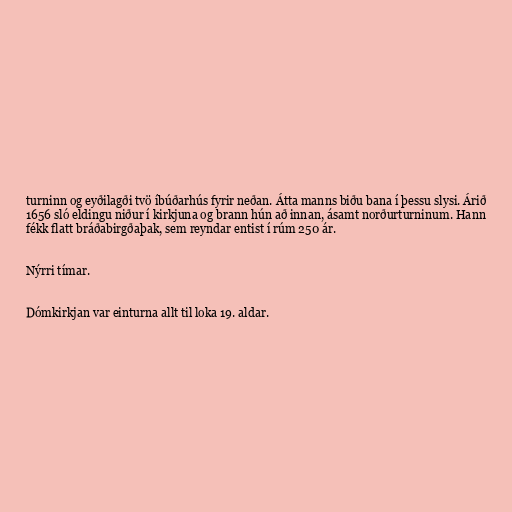
turninn og eyðilagði tvö íbúðarhús fyrir neðan. Átta manns biðu bana í þessu slysi. Árið
1656 sló eldingu niður í kirkjuna og brann hún að innan, ásamt norðurturninum. Hann
fékk flatt bráðabirgðaþak, sem reyndar entist í rúm 250 ár.

Nýrri tímar.

Dómkirkjan var einturna allt til loka 19. aldar.